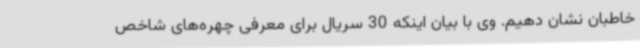
خاطبان نشان دهیم. وی با بیان اینکه 30 سریال برای معرفی چهره‌های شاخص